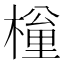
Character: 𣙚